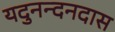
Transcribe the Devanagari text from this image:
यदुनन्दनदास